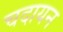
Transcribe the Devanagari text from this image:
चदायन